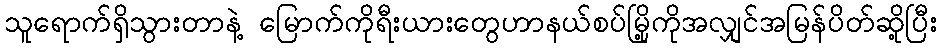
သူရောက်ရှိသွားတာနဲ့ မြောက်ကိုရီးယားတွေဟာနယ်စပ်မြို့ကိုအလျှင်အမြန်ပိတ်ဆို့ပြီး